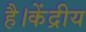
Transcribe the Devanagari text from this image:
है।केंद्रीय